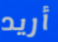
أريد